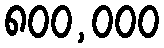
၈၀၀,၀၀၀